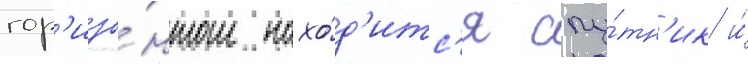
гор'изо́нтом нахо́д'итс'я спу́тн'ик и́